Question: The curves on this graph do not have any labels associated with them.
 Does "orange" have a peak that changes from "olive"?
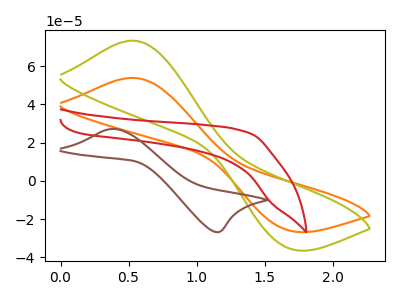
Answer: <think>The orange curve "orange" has an anodic peak at (0.55V, 53.80uA) and a cathodic peak at (1.65V, -25.80uA). The olive curve "olive" has an anodic peak at (0.55V, 73.25uA) and a cathodic peak at (1.65V, -35.15uA). The red curve "red" has no peaks. The brown curve "brown" has an anodic peak at (0.40V, 27.10uA) and a cathodic peak at (1.15V, -26.80uA).
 All the peaks in "orange" have a peak in "olive" at the same potential. Every peak in "orange" is lower than every peak in "olive".</think>
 <answer>No, "orange" and "olive" don't appear to be significantly different in shape</answer>
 <eval>no_change</eval>